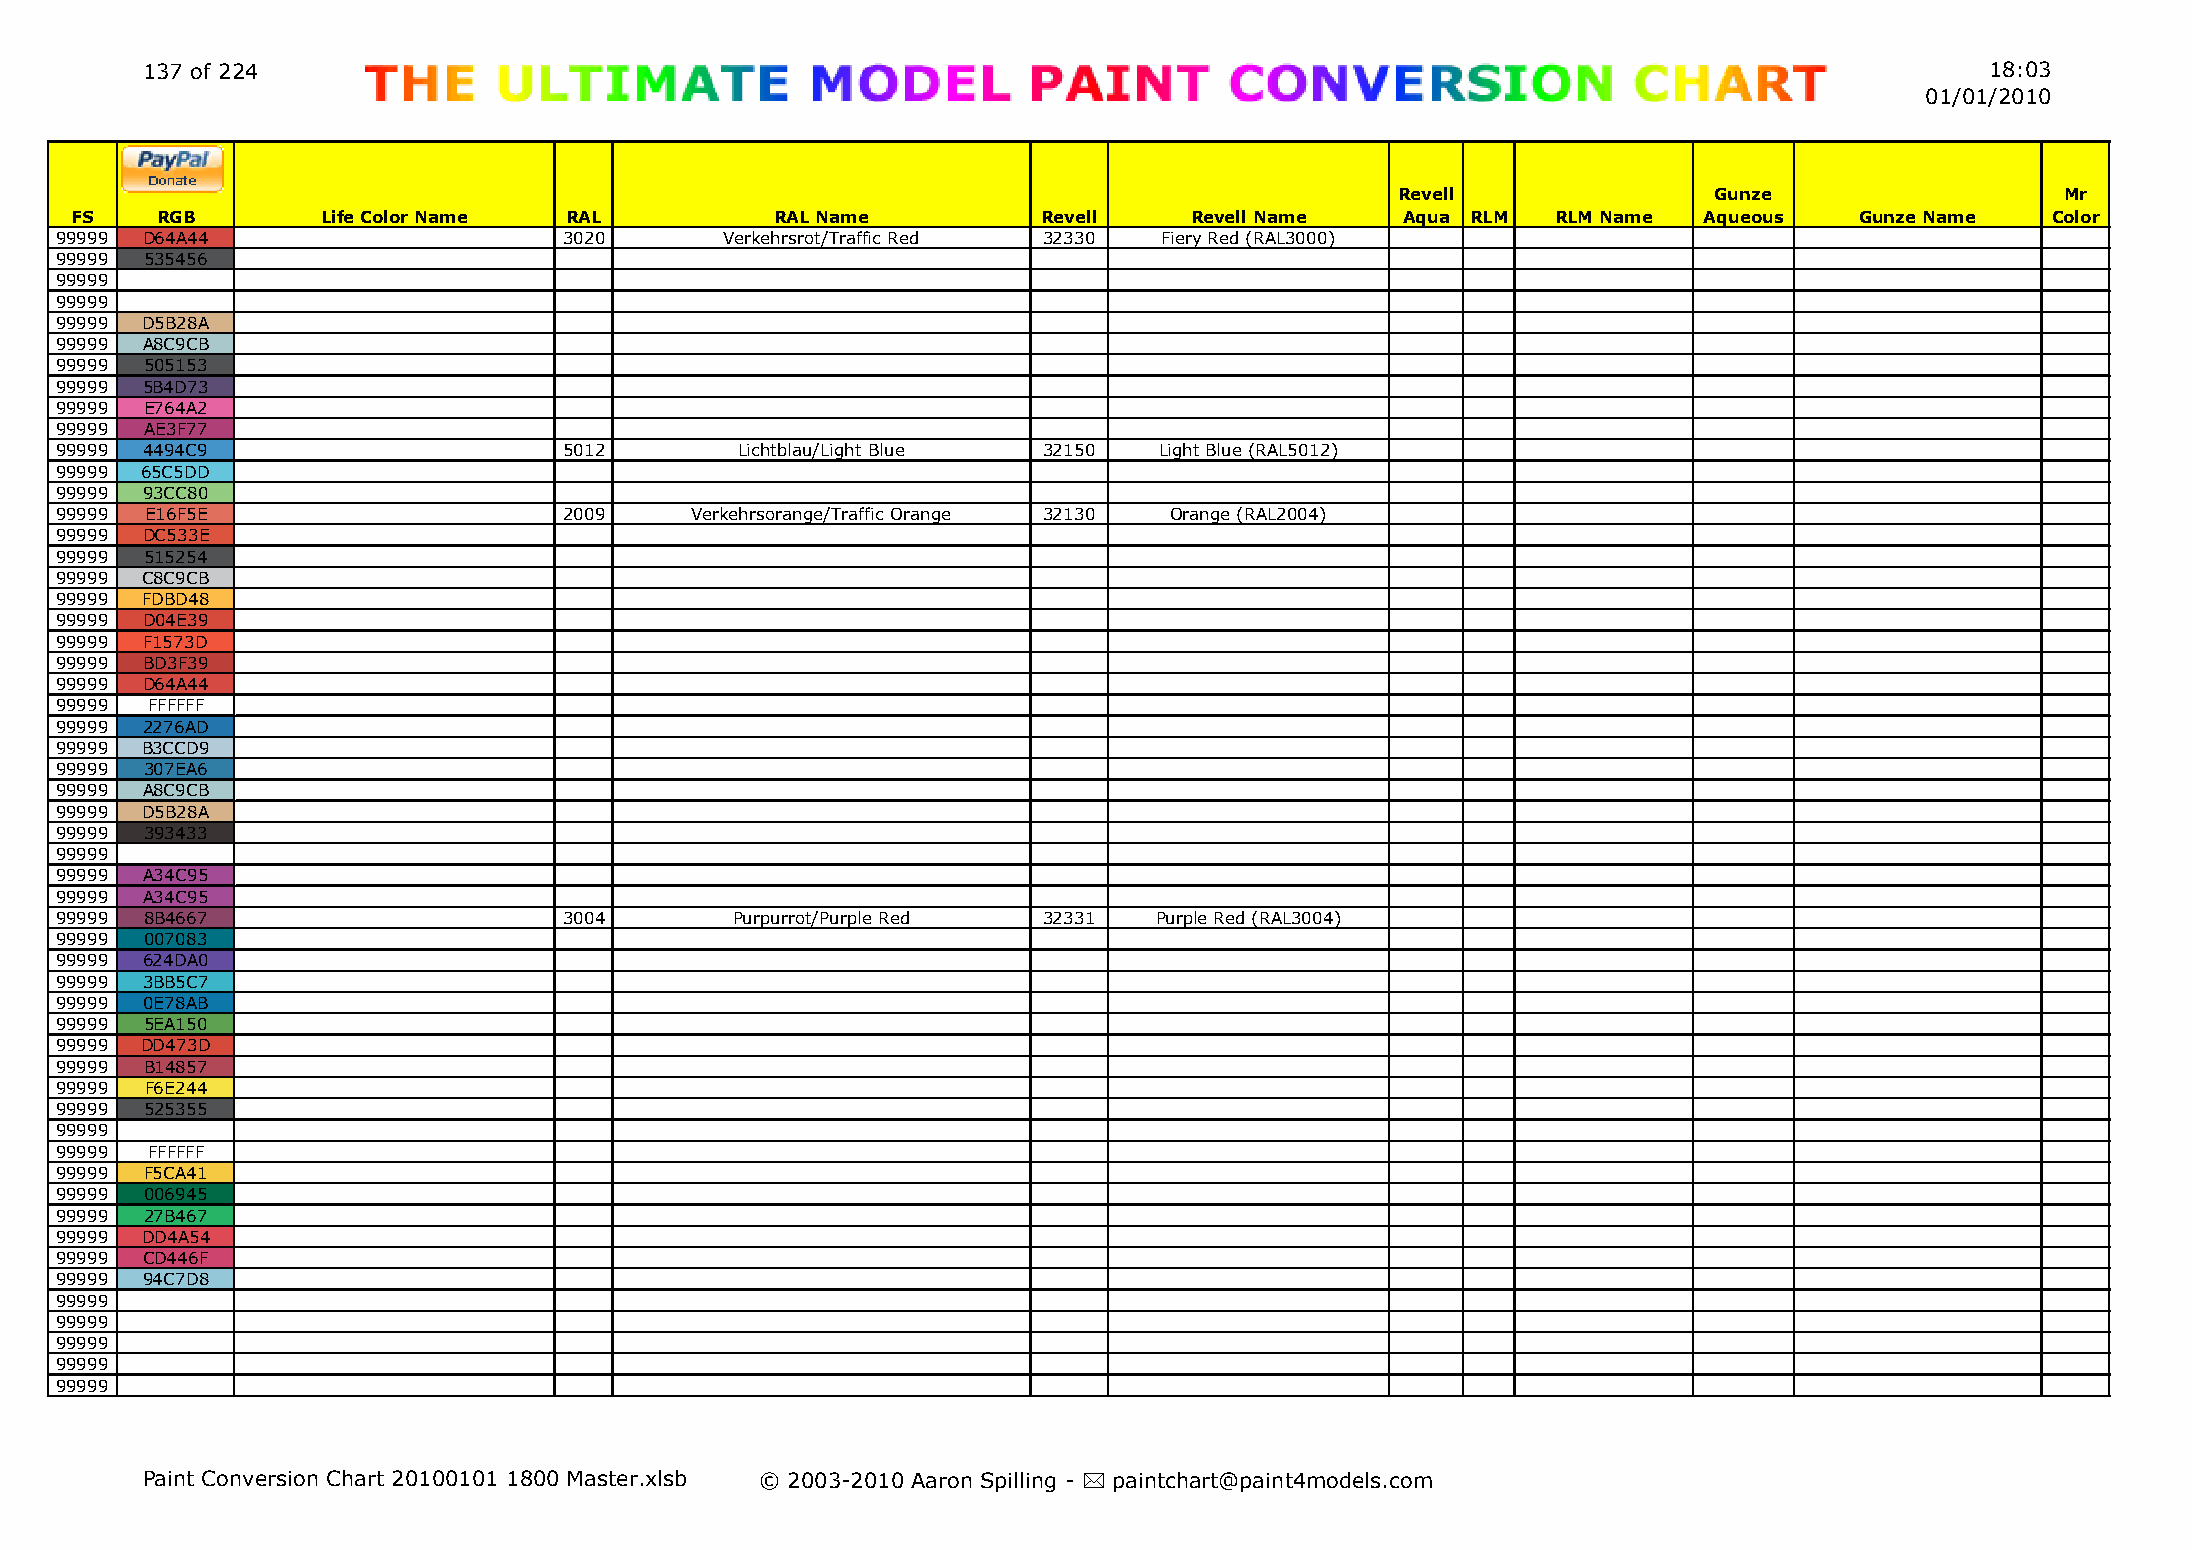
137 of 224                                                                                                                 18:03
 01/01/2010
 Revell              Gunze                   Mr
 FS   RGB        Life Color Name RAL           RAL Name          Revell    Revell Name   Aqua RLM  RLM Name  Aqueous   Gunze Name   Color
 99999 D64A44                     3020       Verkehrsrot/Traffic Red 32330 Fiery Red (RAL3000)
 99999 535456
 99999
 99999
 99999 D5B28A
 99999 A8C9CB
 99999 505153
 99999 5B4D73
 99999 E764A2
 99999 AE3F77
 99999 4494C9                     5012        Lichtblau/Light Blue 32150  Light Blue (RAL5012)
 99999 65C5DD
 99999 93CC80
 99999 E16F5E                     2009     Verkehrsorange/Traffic Orange 32130 Orange (RAL2004)
 99999 DC533E
 99999 515254
 99999 C8C9CB
 99999 FDBD48
 99999 D04E39
 99999 F1573D
 99999 BD3F39
 99999 D64A44
 99999 FFFFFF
 99999 2276AD
 99999 B3CCD9
 99999 307EA6
 99999 A8C9CB
 99999 D5B28A
 99999 393433
 99999
 99999 A34C95
 99999 A34C95
 99999 8B4667                     3004        Purpurrot/Purple Red 32331  Purple Red (RAL3004)
 99999 007083
 99999 624DA0
 99999 3BB5C7
 99999 0E78AB
 99999 5EA150
 99999 DD473D
 99999 B14857
 99999 F6E244
 99999 525355
 99999
 99999 FFFFFF
 99999 F5CA41
 99999 006945
 99999 27B467
 99999 DD4A54
 99999 CD446F
 99999 94C7D8
 99999
 99999
 99999
 99999
 99999
 Paint Conversion Chart 20100101 1800 Master.xlsb © 2003-2010 Aaron Spilling - * paintchart@paint4models.com